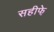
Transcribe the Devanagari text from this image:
सहीफे़